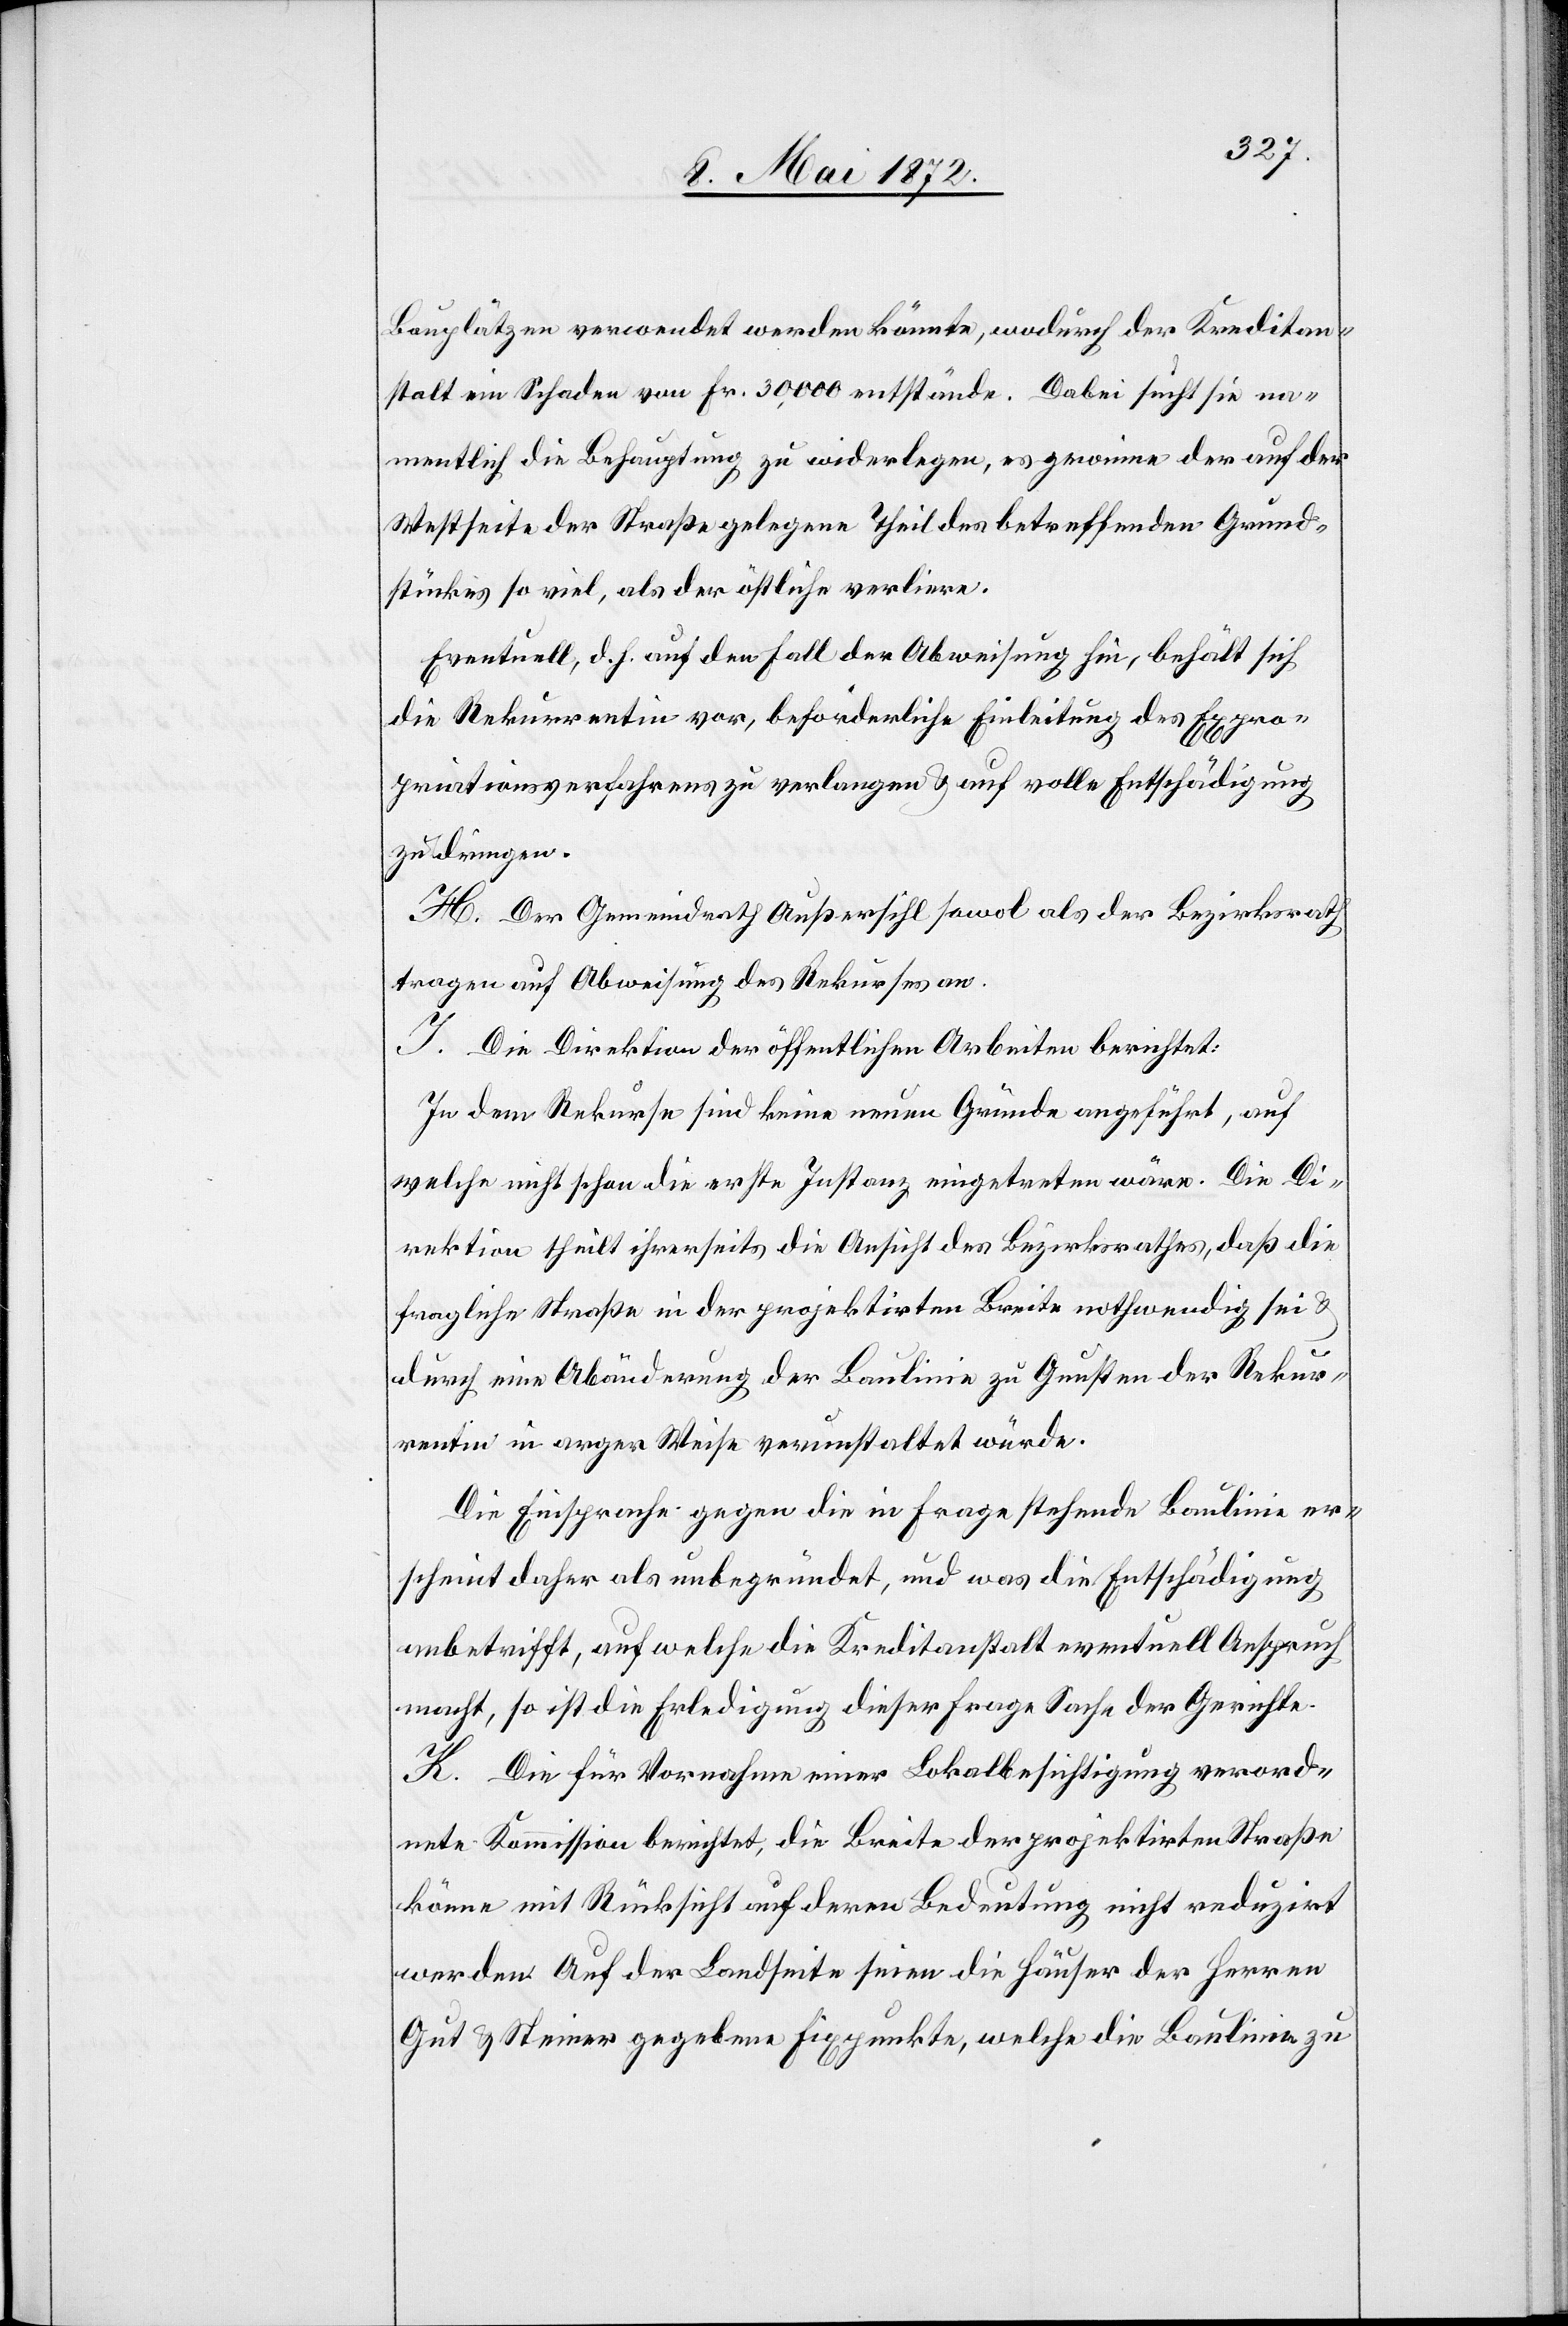
Bauplätzen verwendet werden könnte, wodurch der Kreditan¬
stalt ein Schaden von Fr. 30,000 entstände. Dabei sucht sie na¬
mentlich die Behauptung zu widerlegen, es gewinne der auf der
Westseite der Straße gelegene Theil des betreffenden Grund¬
stückes so viel, als der östliche verliere.
Eventuell, d. h. auf den Fall der Abweisung hin, behält sich
die Rekurrentin vor, beförderliche Einleitung des Expro¬
priationsverfahrens zu verlangen u. auf volle Entschädigung
zu dringen.
H. Der Gemeindrath Außersihl sowol als der Bezirksrath
tragen auf Abweisung des Rekurses an.
I. Die Direktion der öffentlichen Arbeiten berichtet:
In dem Rekurse sind keine neuen Gründe angeführt, auf
welche nicht schon die erste Instanz eingetreten wäre. Die Di¬
rektion theilt ihrerseits die Ansicht des Bezirksrathes, daß die
fragliche Straße in der projektirten Breite nothwendig sei u.
durch eine Abänderung der Baulinie zu Gunsten der Rekur¬
rentin in arger Weise verunstaltet würde.
Die Einsprache gegen die in Frage stehende Baulinie er¬
scheint daher als unbegründet, und was die Entschädigung
anbetrifft, auf welche die Kreditanstalt eventuell Anspruch
macht, so ist die Erledigung dieser Frage Sache der Gerichte.
K. Die für Vornahme einer Lokalbesichtigung verord¬
nete Kommission berichtet, die Breite der projektirten Straße
könne mit Rücksicht auf deren Bedeutung nicht reduzirt
werden. Auf der Landseite seien die Häuser der Herren
Gut u. Steiner gegebene Fixpunkte, welche die Baulinie zu